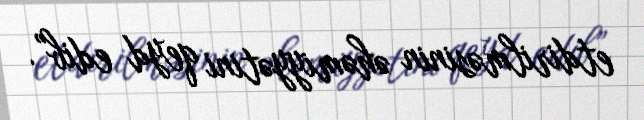
etdirilməsinin əhəmiyyətini qeyd edib”.